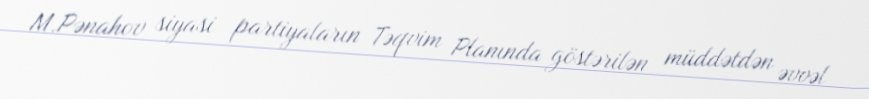
M.Pənahov siyasi partiyaların Təqvim Planında göstərilən müddətdən əvvəl